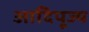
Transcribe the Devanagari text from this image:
आदिपूज्य